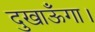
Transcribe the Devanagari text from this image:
दुखाऊँगा।